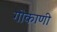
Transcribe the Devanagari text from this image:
गोकाणी